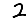
Digit: 2